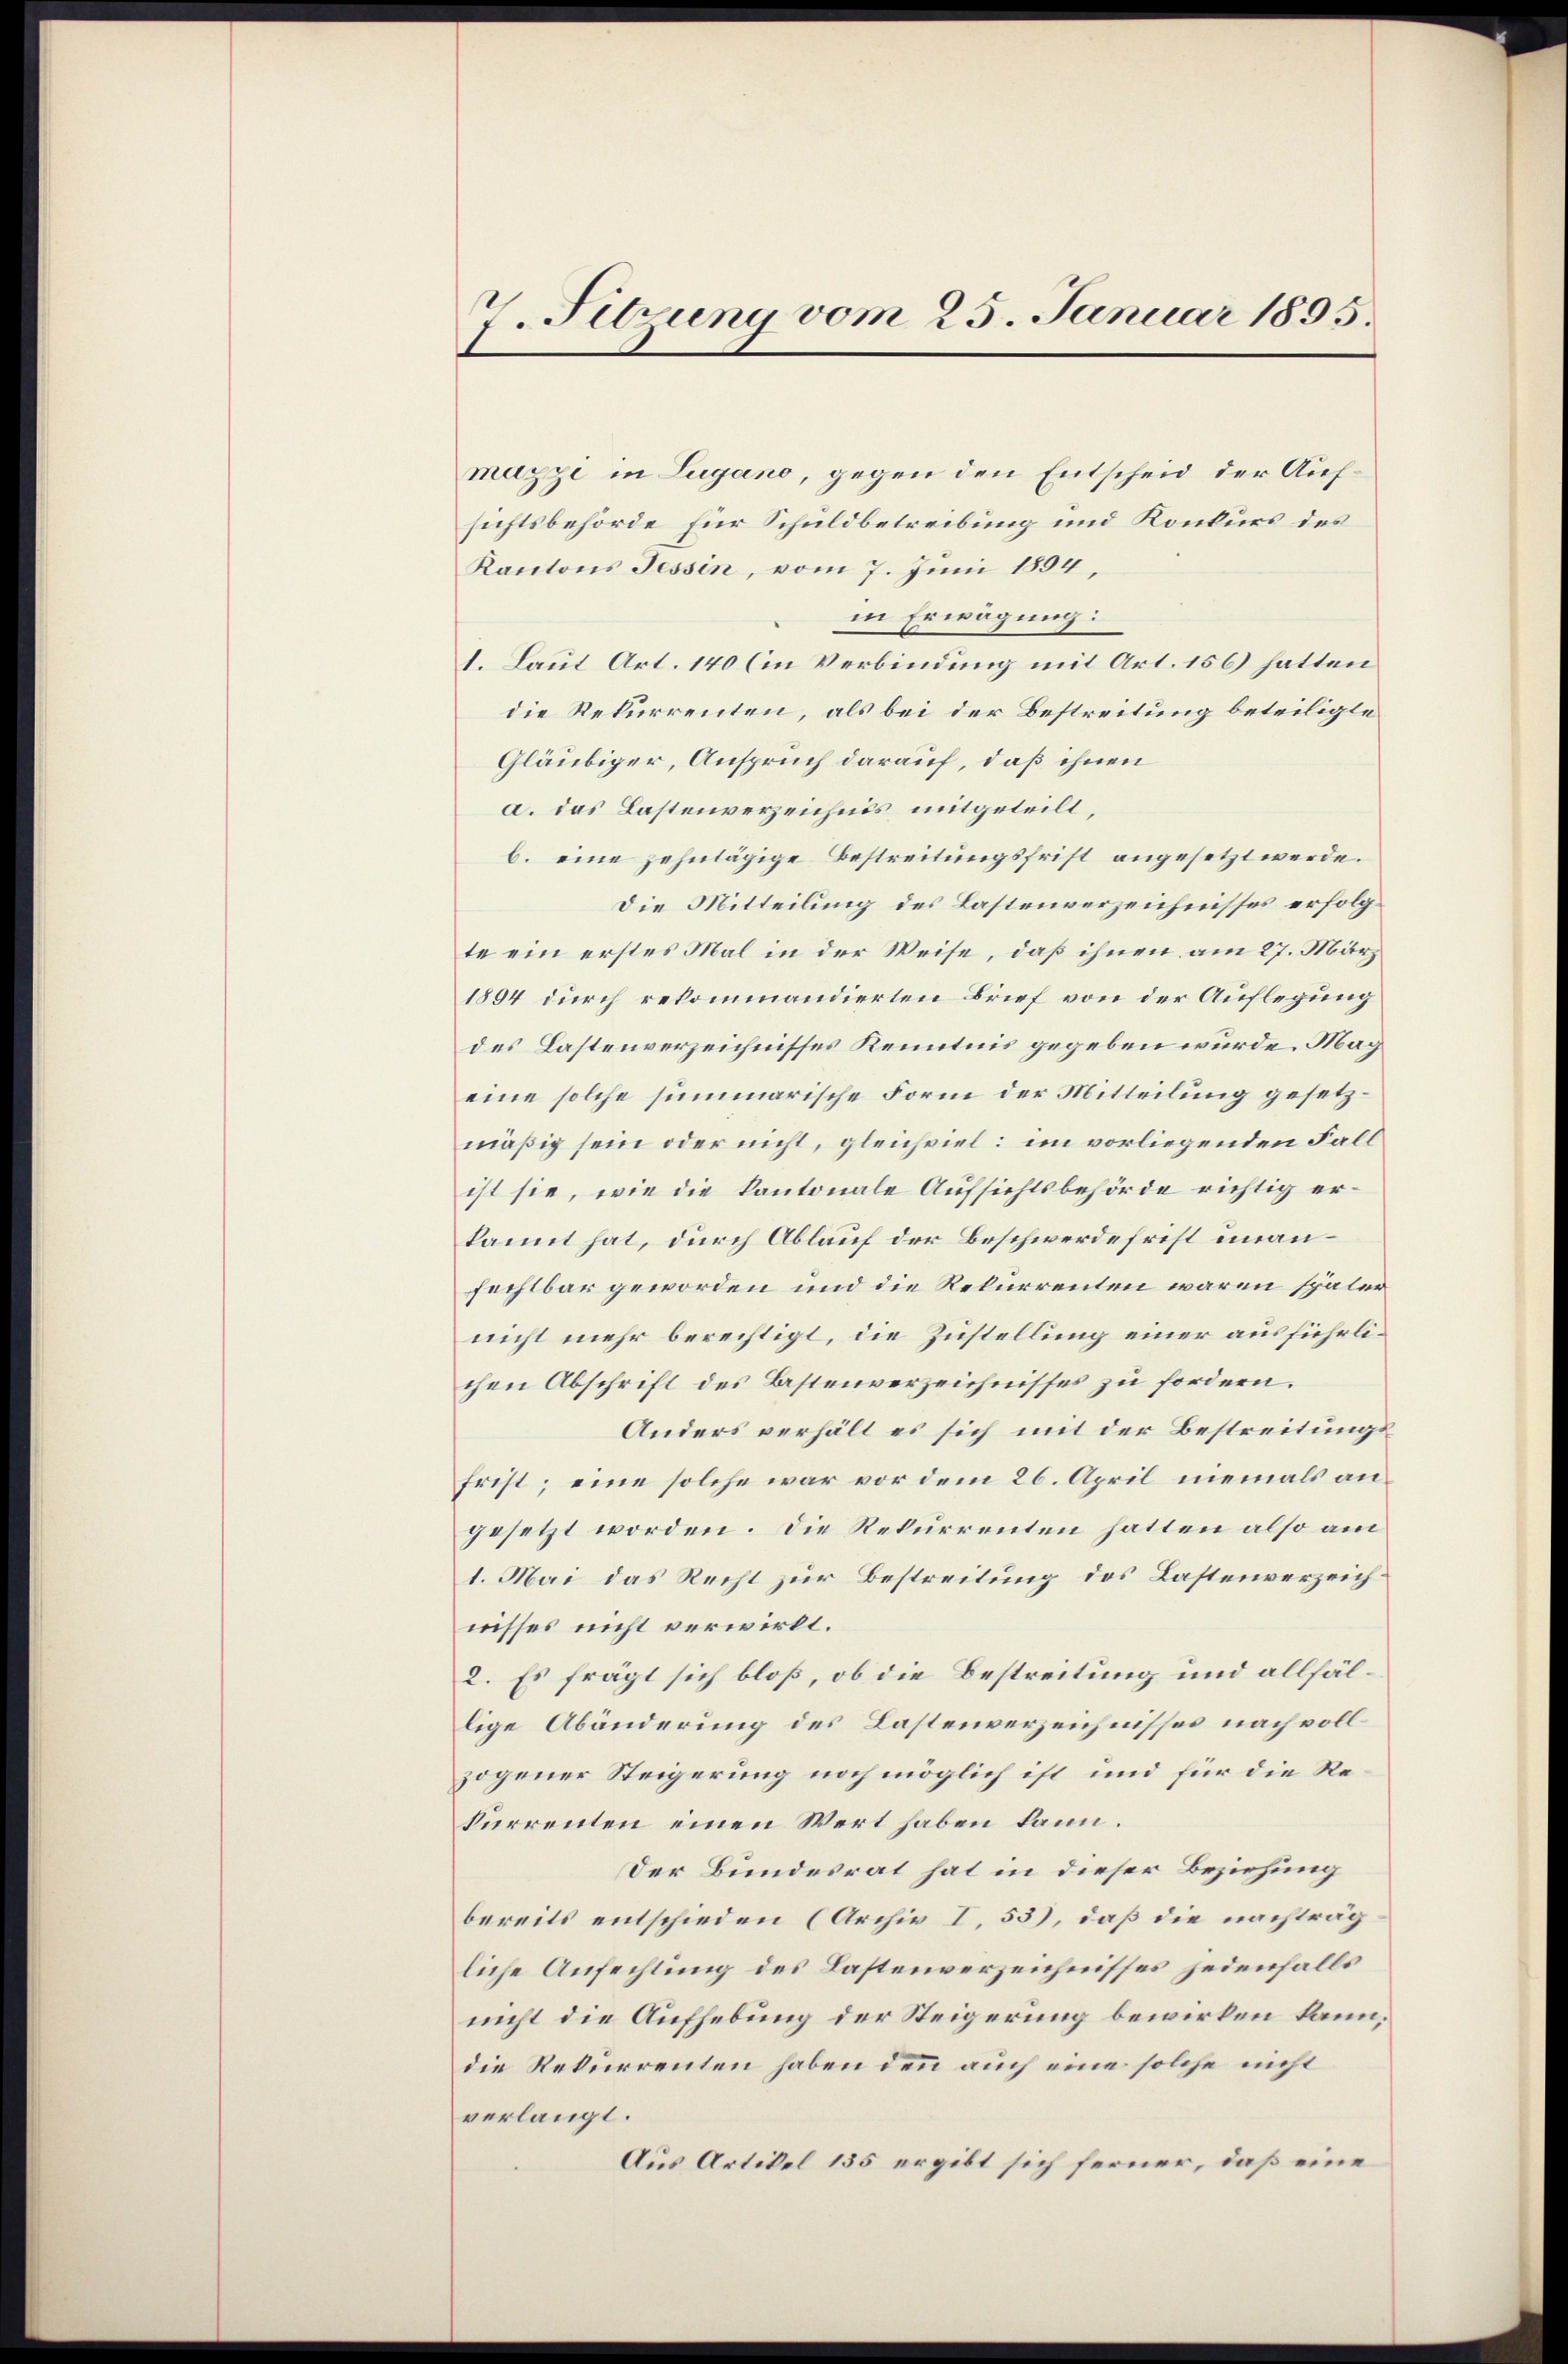
v Sibrung vom 25. Januar 1895.

muzzi in Lugano, gegen den Entscheid der Aufsichtsbehörde für Schuldbetreibung und Konkurs des
Kantons Tessin, vom 7. Juni 1894,
in Erwägung:
1. Laut Art. 140 (in Verbindung mit Art. 156) hatten
die Rekurrenten, als bei der Bestreitung beteiligte
Gläubiger, Anspruch darauf, daß ihnen
a. das Lastenverzeichnis mitgeteilt,
b. eine zehntägige Bestreitungsfrist angesetzt werde.
Die Mitteilung des Lastenverzeichnisses erfolgte ein erstes Mal in der Weise, daß ihnen am 27. März
1894 durch rekommandierten Brief von der Auflegung
des Lastenverzeichnisses Kenntnis gegeben wurde. Mag
eine solche summarische Form der Mitteilung gesetzmäßig sein oder nicht, gleichviel: im vorliegenden Fall
ist sie, wie die kantonale Aufsichtsbehörde richtig erkannt hat, durch Ablauf der Beschwerdefrist unanfechtbar geworden und die Rekurrenten waren später
nicht mehr berechtigt, die Zustellung einer ausführlichen Abschrift des Bastenverzeichnisses zu fordern.
Anders verhält es sich mit der Bestreitungsfrist; eine solche war vor dem 26. April niemals angesetzt worden. Die Rekurrenten hatten also am
1. Mai das Recht zur Bestreitung des Lastenverzeichnisses nicht verwirkt.
2. Es frägt sich bloß, ob die Bestreitung und allfällige Abänderung des Lastenverzeichnisses nach vollzogener Steigerung noch möglich ist und für die Rekurrenten einen Wert haben kann.
Der Bundesrat hat in dieser Beziehung
bereits entschieden (Archiv I, 53), daß die nachträgliche Anfechtung des Lastenverzeichnisses jedenfalls
nicht die Aufhebung der Steigerung bewirken kann,
die Rekurrenten haben denn auch eine solche nicht
verlangt.
Aus Artikel 135 ergibt sich ferner, daß eine